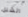
الشلل